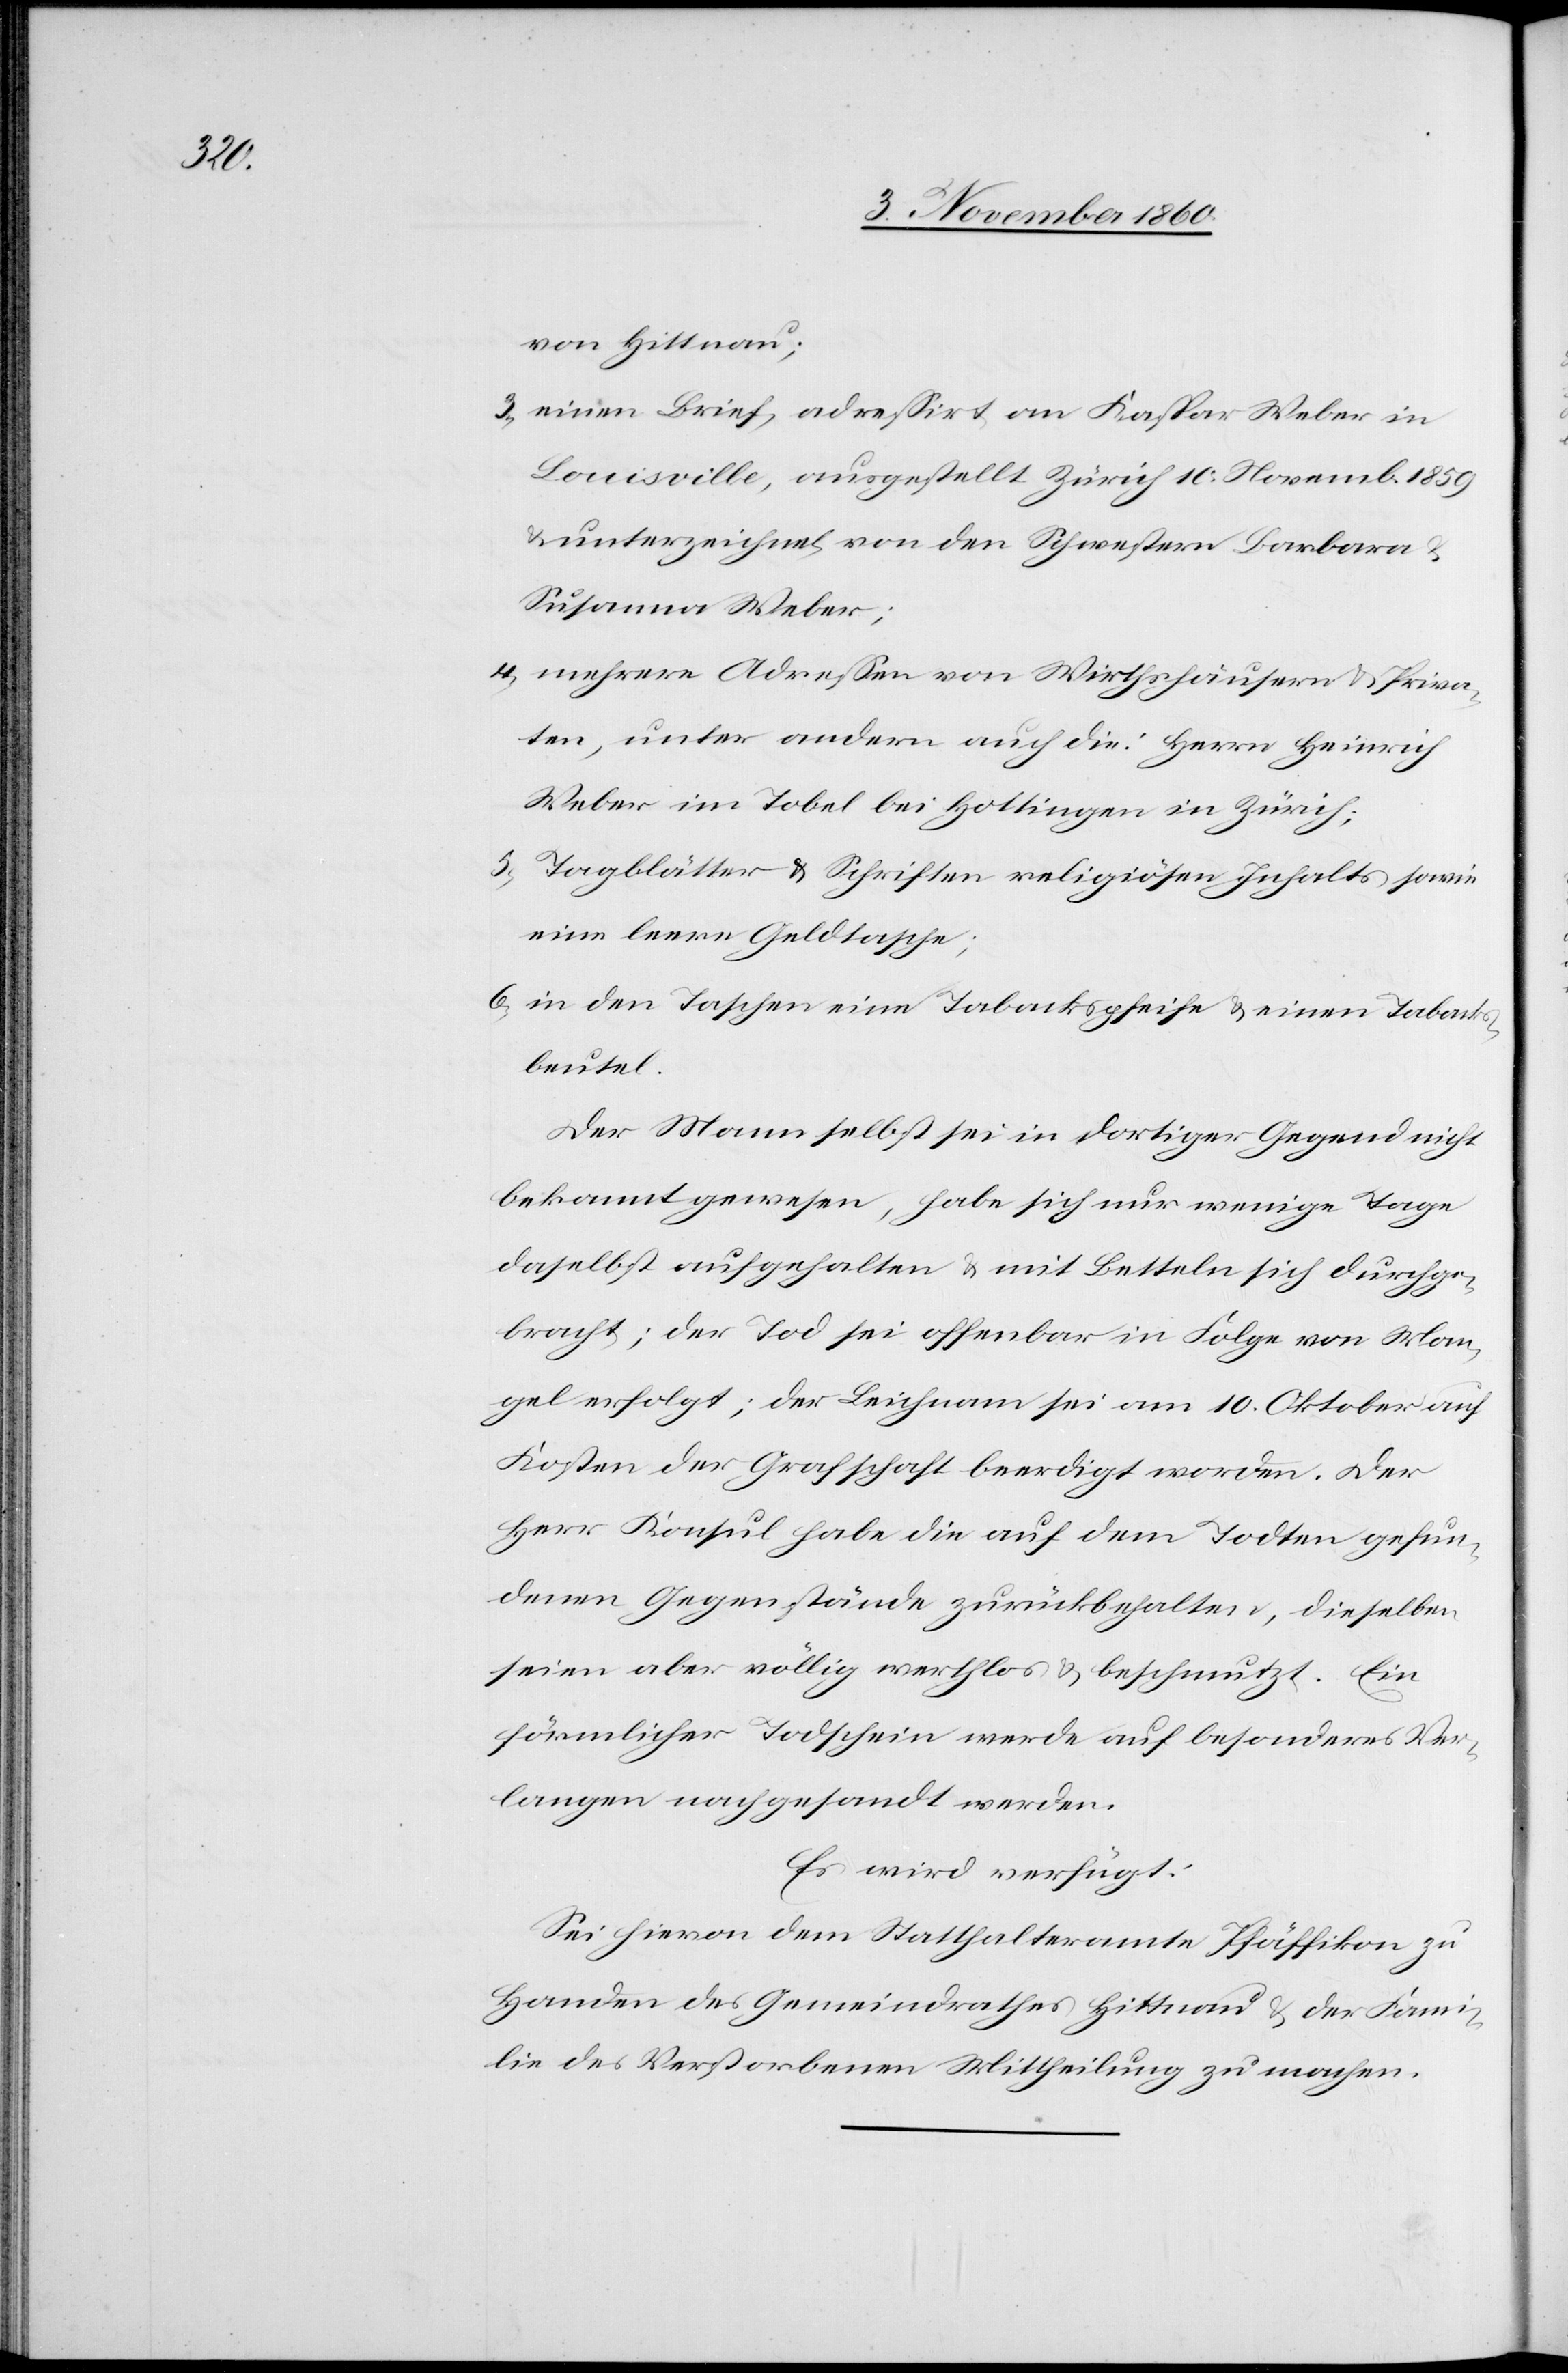
von Hittnau;
3. einen Brief adressirt an Kaspar Weber in
Louisville, ausgestellt Zürich 10. Novemb. 1859
u. unterzeichnet von den Schwestern Barbara
Susanna Weber;
4. mehrere Adressen von Wirthshäusern u. Priva¬
ten, unter andern auch die: Herrn Heinrich
Weber im Tobel bei Hottingen in Zürich;
5. Tagblätter u. Schriften religiösen Inhalts sowie
eine leere Geldtasche.
6. in den Taschen eine Tabackspfeife u. einen Tabacks¬
beutel.
Der Mann selbst sei in dortiger Gegend nicht
bekannt gewesen, habe sich nur wenige Tage
daselbst aufgehalten u. mit Betteln sich durchge¬
bracht; der Tod sei offenbar in Folge von Man¬
gel erfolgt; der Leichnam sei am 10. Oktober auf
Kosten der Grafschaft beerdigt worden. Der
Herr Konsul habe die auf dem Todten gefun¬
denen Gegenstände zurückbehalten u. dieselben
seien aber völlig werthlos u. beschmutzt. Ein
förmlicher Todschein werde auf besonderes Ver¬
langen nachgesandt werden.
Es wird verfügt:
Sei hievon dem Statthalteramte Pfäffikon zu
Handen des Gemeindrathes Hittnau u. der Fami¬
lie des Verstorbenen Mittheilung zu machen.